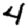
Digit: 4